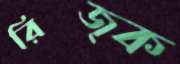
রিজ্ক